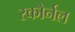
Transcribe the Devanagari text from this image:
स्कोर्नल